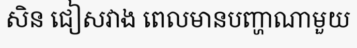
សិន ជៀសវាង ពេលមានបញ្ហាណាមួយ